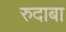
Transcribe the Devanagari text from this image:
रुदाबा